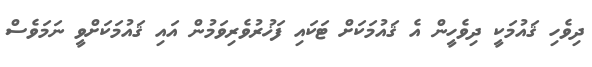
ދިވެހި ޤައުމަކީ ދިވެހީން އެ ޤައުމަކަށް ޓަކައި ފަޚުރުވެރިވަމުން އައި ޤައުމަކަށްވީ ނަމަވެސް